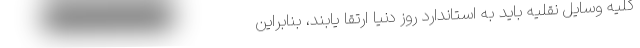
کلیه وسایل نقلیه باید به استاندارد روز دنیا ارتقا یابند، بنابراین